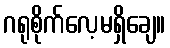
ဂရုစိုက်လေ့မရှိချေ။